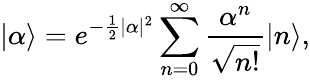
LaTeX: |\alpha\rangle=e^{-\frac 12|\alpha|^{2}}\sum_{n=0}^{\infty}\frac{\alpha^{n}}{\sqrt{n!}}|n\rangle,